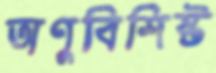
অণুবিশিষ্ট